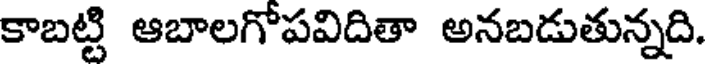
కాబట్టి ఆబాలగోపవిదితా అనబడుతున్నది.